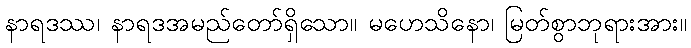
နာရဒဿ၊ နာရဒအမည်တော်ရှိသော။ မဟေသိနော၊ မြတ်စွာဘုရားအား။